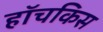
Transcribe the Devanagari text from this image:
हॉचकिस